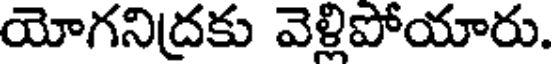
యోగనిద్రకు వెళ్లిపోయారు.